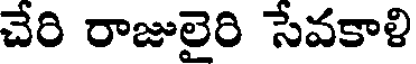
చేరి రాజులైరి సేవకాళి